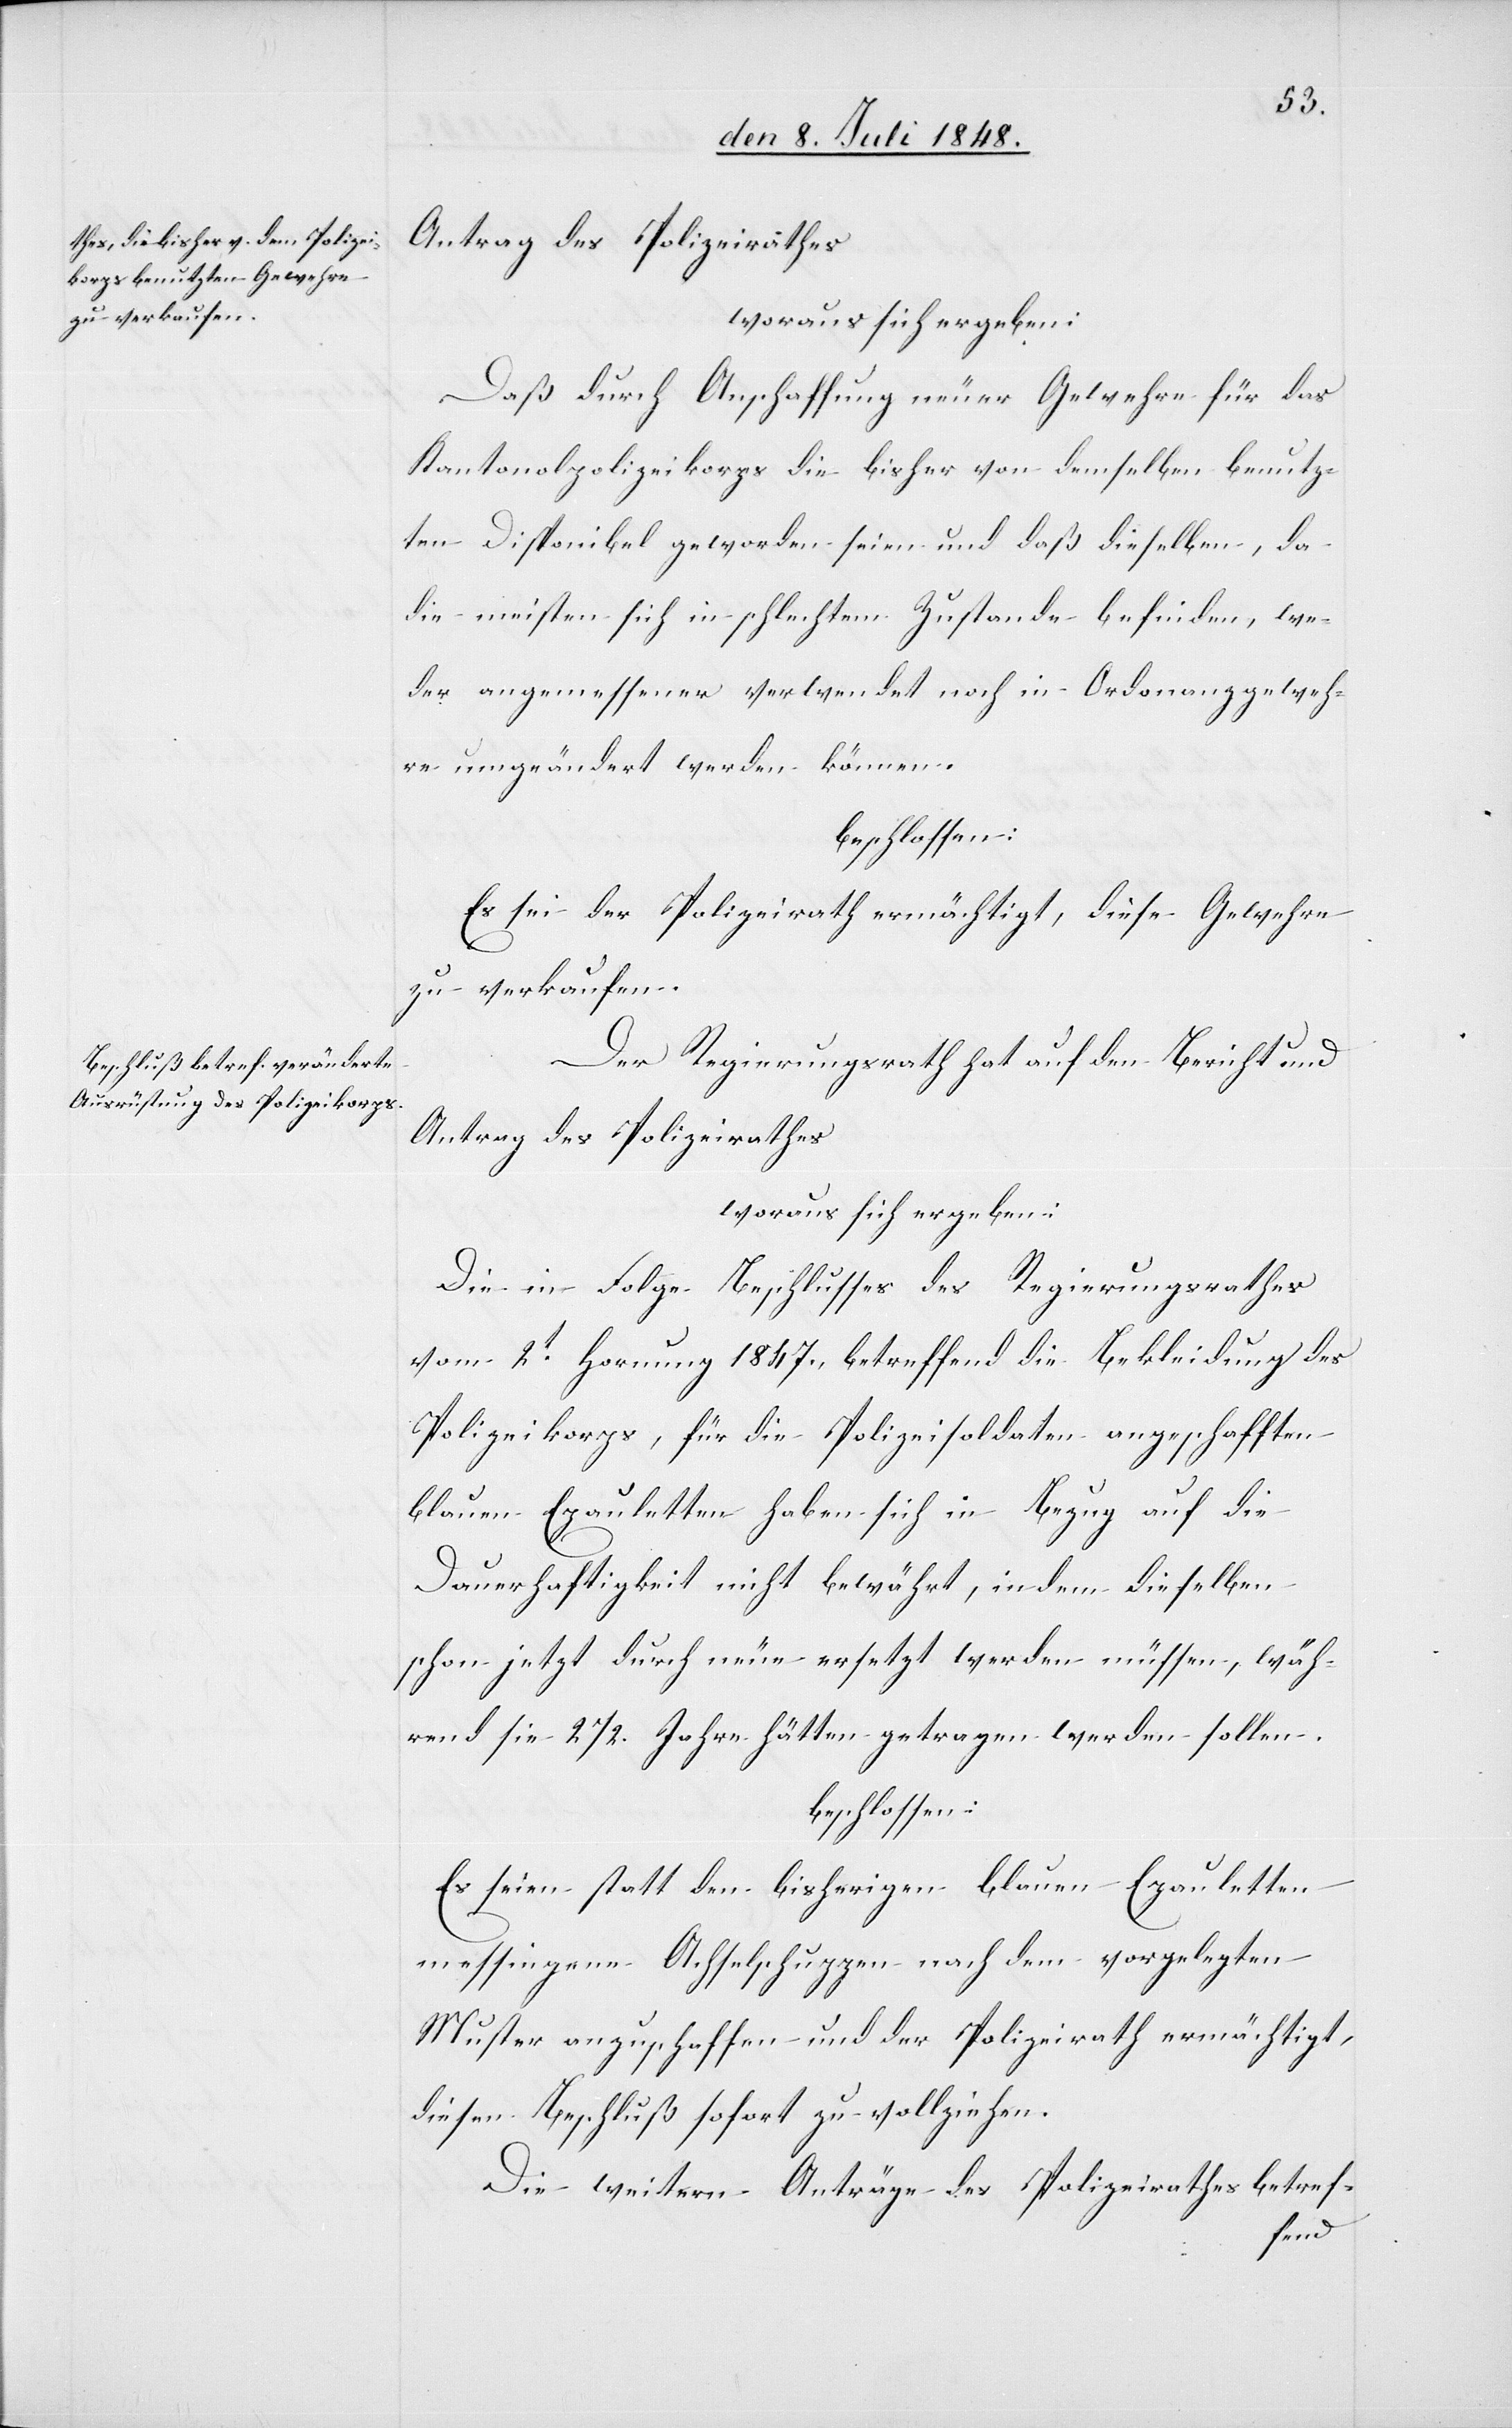
Antrag des Polizeirathes
woraus sich ergeben:
Daß durch Anschaffung neuer Gewehre für das
Kantonalpolizeikorps die bisher von demselben benutz¬
en Disponibel geworden seien und daß dieselben, da
die meisten sich in schlechtem Zustande befinden, we¬
der angemessener verwendet noch in Ordonanzgeweh¬
re umgeändert werden können.
beschlossen:
Es sei der Polizeirath ermächtigt, diese Gewehre
zu verkaufen.
Der Regierungsrath hat auf den Bericht und
Antrag des Polizeirathes
woraus sich ergeben:
Die in Folge Beschlusses des Regierungsrathes
vom 2t Hornung 1847. betreffend die Bekleidung des
Polizeikorps, für die Polizeisoldaten angeschafften
blauen Epauletten haben sich in Bezug auf die
Dauerhaftigkeit nicht bewährt, in dem dieselben
schon jetzt durch neue ersetzt werden müssen, wäh¬
rend sie 21/2. Jahre hätten getragen werden sollen.
beschlossen:
Es seien statt den bisherigen blauen Epauletten
messingene Achselschoppen nach dem vorgelegten
Muster anzuschaffen und der Polizeirath ermächtigt,
diesen Beschluß sofort zu vollziehen.
Die weitern Anträge des Polizeirathes betref-